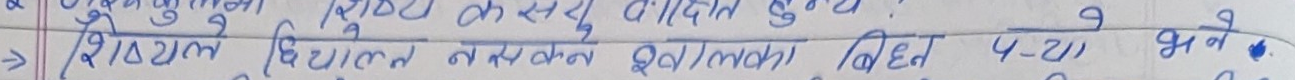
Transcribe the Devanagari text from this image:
शिक्षक के स्तर का आदृत सु?
शिष्यागण विज्ञान लखनऊ डो० मी० का विधान 4-219 बजे.